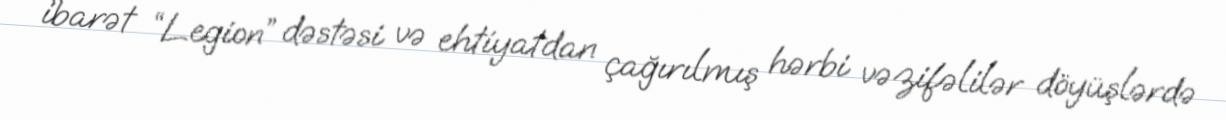
ibarət “Legion” dəstəsi və ehtiyatdan çağırılmış hərbi vəzifəlilər döyüşlərdə